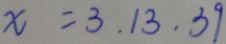
x = 3 , 1 3 , 3 9